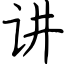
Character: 讲